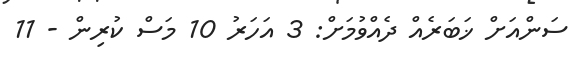
ސަންއަށް ޚަބަރެއް ދެއްވުމަށް: 3 އަހަރު 10 މަސް ކުރިން - 11